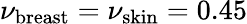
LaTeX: \nu_{\mathrm{breast}}=\nu_{\mathrm{skin}}=0.45